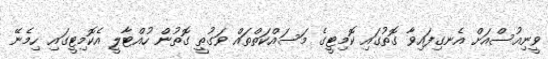
ވީނިއުސްއަށް އެނގިފައިވާ ގޮތުގައި ކޮމިޓީގެ މަސައްކަތްތައް ވަގުތީ ގޮތުން ހުއްޓާލީ އެކޮމިޓީގައި ހިމެނޭ